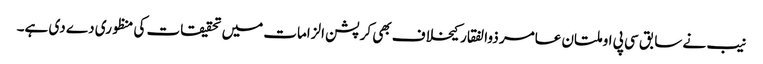
نیب نے سابق سی پی او ملتان عامر ذوالفقار کیخلاف بھی کرپشن الزامات میں تحقیقات کی منظوری دے دی ہے۔